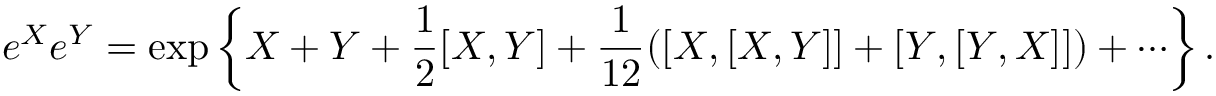
e ^ { X } e ^ { Y } = \exp \left\{ X + Y + { \frac { 1 } { 2 } } [ X , Y ] + { \frac { 1 } { 1 2 } } ( [ X , [ X , Y ] ] + [ Y , [ Y , X ] ] ) + \cdots \right\} .